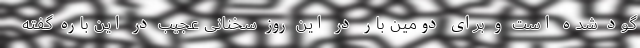
گود شده است و برای دومین بار در این روز سخنانی عجیب در این باره گفته